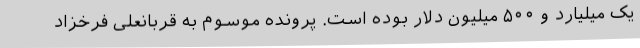
یک میلیارد و ۵۰۰ میلیون دلار بوده است. پرونده موسوم به قربانعلی فرخزاد